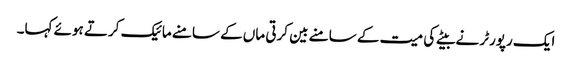
ایک رپورٹر نے بیٹے کی میت کے سامنے بین کرتی ماں کے سامنے مائیک کرتے ہوئے کہا۔